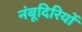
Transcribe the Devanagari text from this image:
नंबूदिरियों